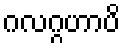
ဂလဂ္ဂဟာပိ